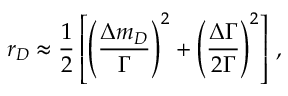
r _ { D } \approx { \frac { 1 } { 2 } } \left[ \left( { \frac { \Delta m _ { D } } { \Gamma } } \right) ^ { 2 } + \left( { \frac { \Delta \Gamma } { 2 \Gamma } } \right) ^ { 2 } \right] \, ,